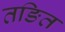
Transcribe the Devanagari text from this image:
तङित